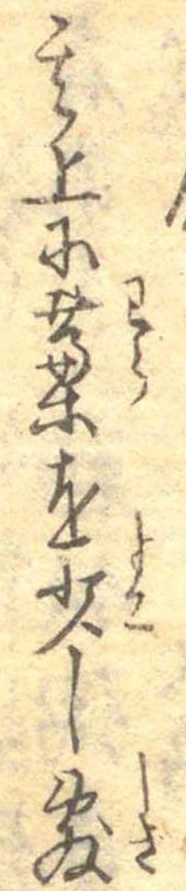
其上に藁を少し敷